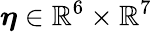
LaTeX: \boldsymbol{\eta}\in\mathbb{R}^{6}\times\mathbb{R}^{7}